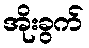
အိုးခွက်